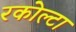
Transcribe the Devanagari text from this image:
रकोल्टा